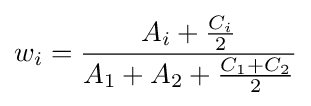
w_{i}={\frac {A_{i}+{\frac {C_{i}}{2}}}{A_{1}+A_{2}+{\frac {C_{1}+C_{2}}{2}}}}